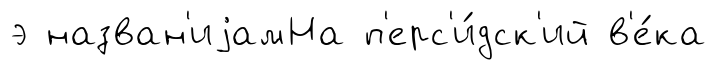
э назван'иjамНа п'ерс'и́дск'ий в'е́ка